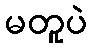
မတူပဲ